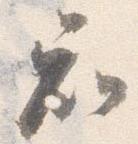
知